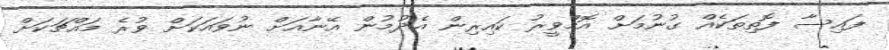
ފައިސާ ފޮތިތަކެއް ގުނުމަށް އޮމްވީރު ކައިރިން އެދުމުން އޭނާއަށް ނުވައަކަށް ވުރެ މައްޗަކަށް